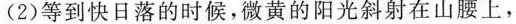
(2)等到快日落的时候，微黄的阳光斜射在山腰上，